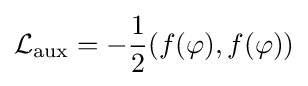
{\mathcal {L}}_{\text{aux}}=-{\frac {1}{2}}(f(\varphi ),f(\varphi ))